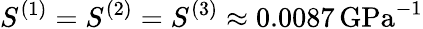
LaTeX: S^{(1)}=S^{(2)}=S^{(3)}\approx 0.0087\, \mathrm{{GPa}^{-1}}